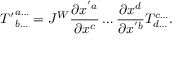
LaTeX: { T ^ { \prime } } _ { b \dots } ^ { a \dots } = J ^ { W } { \frac { \partial x ^ { ' a } } { \partial x ^ { c } } } \dots { \frac { \partial x ^ { d } } { \partial x ^ { ' b } } } T _ { d \dots } ^ { c \dots } .